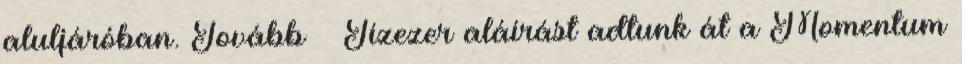
aluljáróban. Tovább › ›Tízezer aláírást adtunk át a Momentum